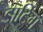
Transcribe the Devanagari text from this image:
डार्टिंग